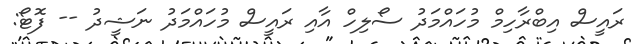
ރައީސް އިބްރާހިމް މުހައްމަދު ސޯލިހް އާއި ރައީސް މުހައްމަދު ނަޝީދު -- ފޮޓޯ: